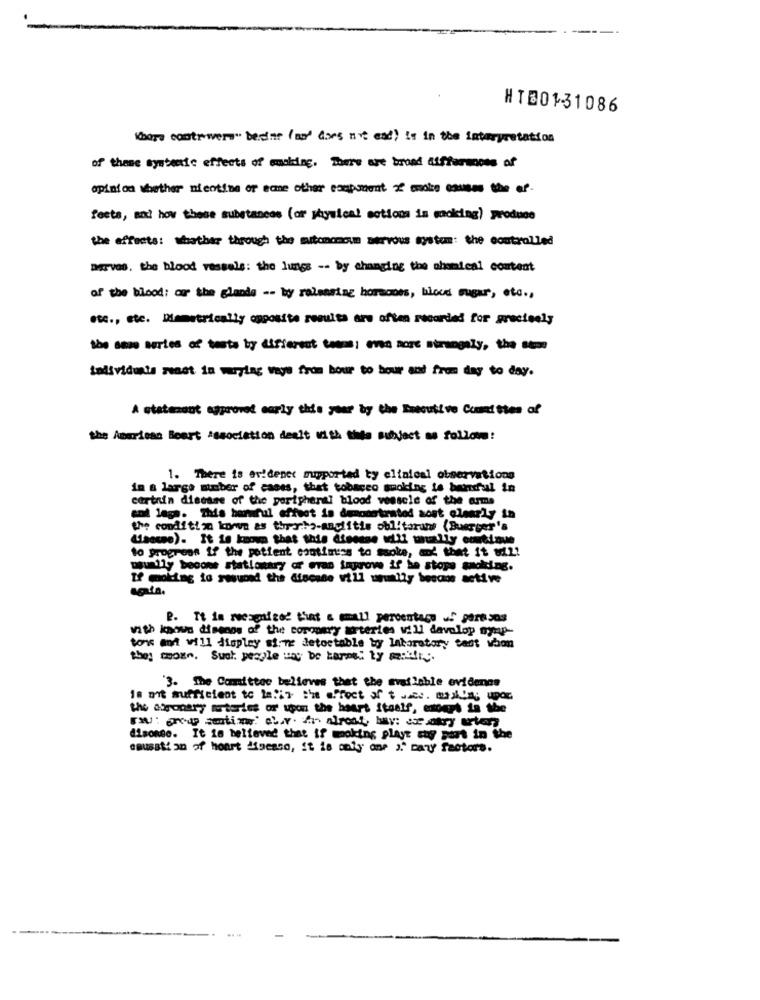
HT20131086
Koers costewers" bedier (ma" dos n't ead) is in the interpretation
of theme systemic effects of making. There are broad aufformones of
opinion whether nicotine or ecme other component 2 mmolce causes the ef-
fests, moi how these substances (or physical motions is moking) produce
the effects: whether through the autonomoum nervous system: the controlled
DerVes, the blood vessels: the lungs -- by changing the chemical content
of the blood: or the glands -- by relearing hormones, blood sugar, etc .,
etc ., etc. Memetrically opposite resulta are often recorded for precisely
the same martes of tests by different Cosas; no more strangely, the
todividuals react in maytag ways from bour to bour and from day to day.
A statenant approved early this year by the Esecutive Conat ties of
the American Beert association dealt with the subject as follows!
1. There is er!denet muyported ty clinical observations
in a large number of cases, that tobacco smoking is bandul in
certain disease of the peripheral blood vessels of the arms
and laga. This harmful effect is demonstrated aost clearly in
the condition known as three:ho-anglitie obl'tarant (Buerger's
(isesse). It is know that this alsouse will wally continue
to progress if the patient contimuss to saoke, and that it w2!
poumily become stationary of eras taprove if be stops smoking.
If moking io resumed the discese vill usually become active
agata.
P. Tt in rezgnized that a small percentage uf pare sos
with known disenos of the coronary arteries vill davolop nyap-
tons and will displey sirve detoctable by laboratory tant vhon
the! coxe, Sual. people way be tares: ty andfr.
3. The Committee believes that the available evidenas
18 mit sufficient to le.in the effect of twee. mylia; upor
the exponery astartes or upon the heart Stealf, export to the
disonse. It is believed that if moking playt chy part in the
causation of heart disease, it is only one " many factors.